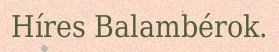
Híres Balambérok.